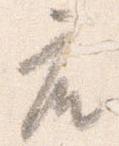
座